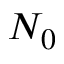
N _ { 0 }